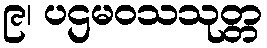
၉၊ ပဌမဝသသုတ္တ